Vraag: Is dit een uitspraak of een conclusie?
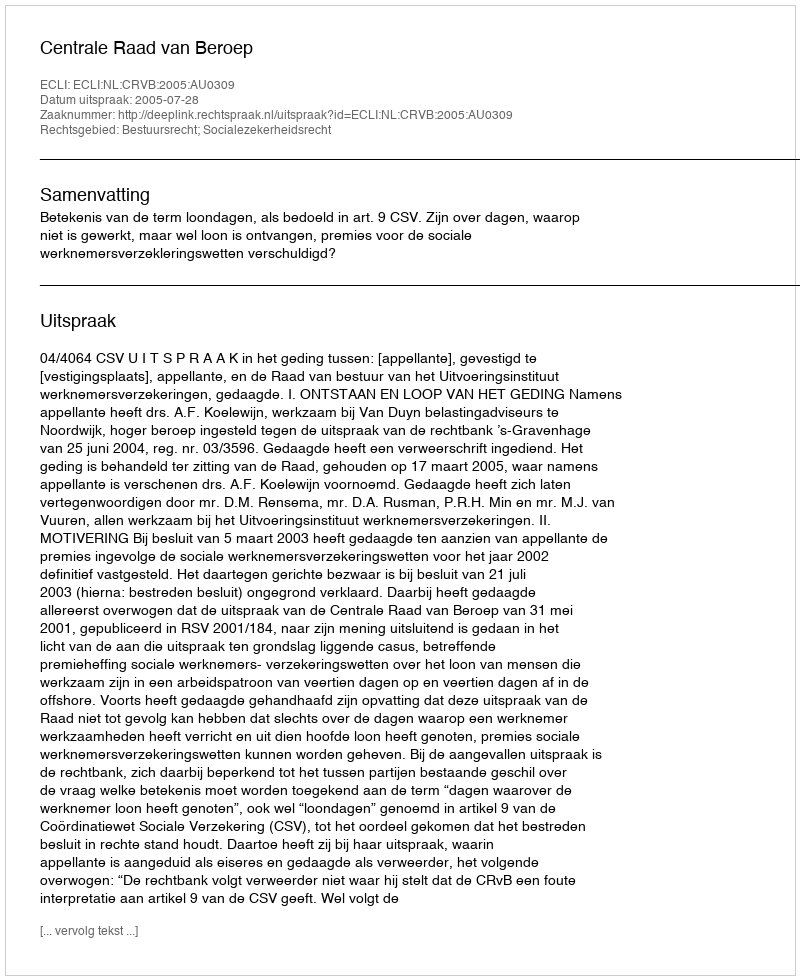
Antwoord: Uitspraak